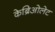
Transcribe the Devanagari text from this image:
केब्रिओलेट